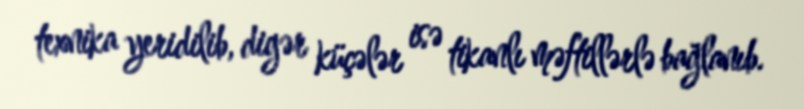
texnika yeridilib, digər küçələr isə tikanlı məftillərlə bağlanıb.